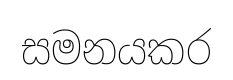
සමනයකර